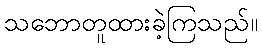
သဘောတူထားခဲ့ကြသည်။